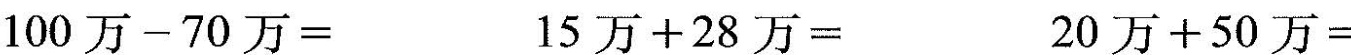
100万-70万=15万+28万=20万+50万=